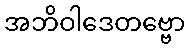
အဘိဝါဒေတဗ္ဗော